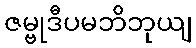
ဇမ္ဗုဒီပမဘိဘုယျ